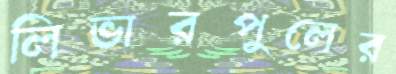
লিভারপুলের